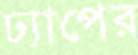
ঢ্যাপের